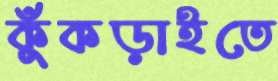
কুঁকড়াইতে